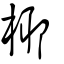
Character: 椰